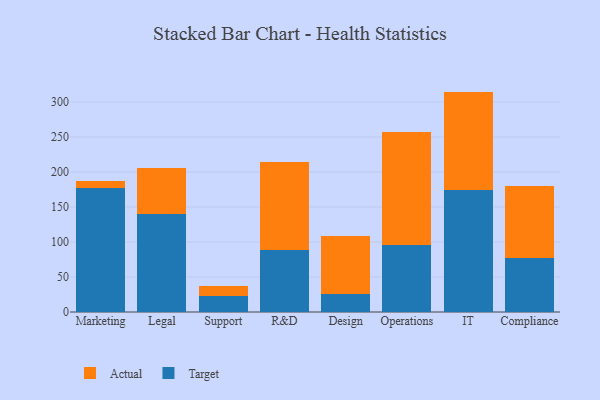
{"axis": {"x": "Department", "y": "Production Output"}, "legend": ["Actual", "Target"], "data": [{"x": "Marketing", "y": 177.5, "type": "Target"}, {"x": "Marketing", "y": 9.6, "type": "Actual"}, {"x": "Legal", "y": 139.7, "type": "Target"}, {"x": "Legal", "y": 66.1, "type": "Actual"}, {"x": "Support", "y": 22.2, "type": "Target"}, {"x": "Support", "y": 14.8, "type": "Actual"}, {"x": "R&D", "y": 88.6, "type": "Target"}, {"x": "R&D", "y": 126.3, "type": "Actual"}, {"x": "Design", "y": 26.1, "type": "Target"}, {"x": "Design", "y": 81.9, "type": "Actual"}, {"x": "Operations", "y": 96.1, "type": "Target"}, {"x": "Operations", "y": 161.0, "type": "Actual"}, {"x": "IT", "y": 174.3, "type": "Target"}, {"x": "IT", "y": 140.5, "type": "Actual"}, {"x": "Compliance", "y": 76.9, "type": "Target"}, {"x": "Compliance", "y": 103.1, "type": "Actual"}]}